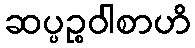
ဆပ္ပဉ္စဝါစာဟိ